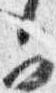
可